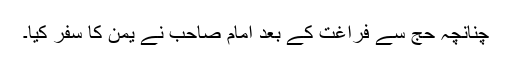
چنانچہ حج سے فراغت کے بعد امام صاحب نے یمن کا سفر کیا۔